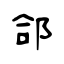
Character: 郃